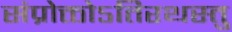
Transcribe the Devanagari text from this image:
संप्रोक्तोऽतिरथस्तु